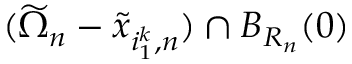
( \widetilde \Omega _ { n } - \tilde { x } _ { i _ { 1 } ^ { k } , n } ) \cap B _ { R _ { n } } ( 0 )